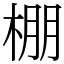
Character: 棚